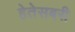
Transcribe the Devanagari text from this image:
हेतेसबरी